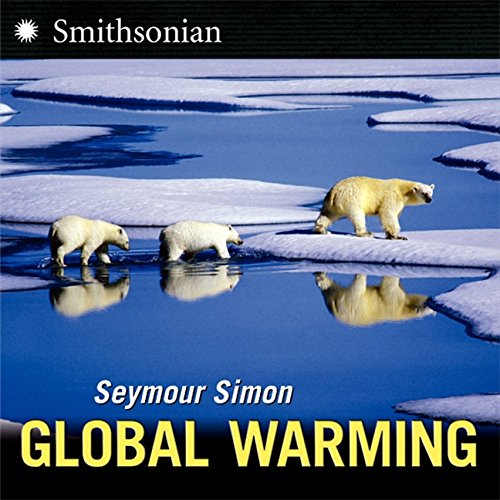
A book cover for Global Warming; Seymour Simon; Children's Books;